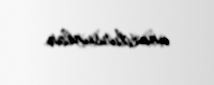
unutdursunlar.